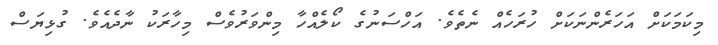
މިކަމަކަށް އަހަރެންނަކަށް ހުރަހެއް ނެތެވެ. އަހްސަނުގެ ކޯލެއްހާ މިންވަރުވެސް މިހާރަކު ނާދެއެވެ. ގުޅިޔަސް